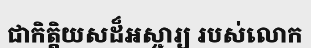
ជាកិត្តិយសដ៏អស្ចារ្យ របស់លោក